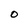
Character: 0